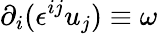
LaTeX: \partial_{i}(\epsilon^{ij}u_{j})\equiv\omega